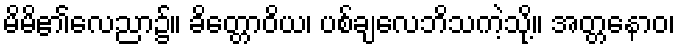
မိမိ၏လေညာ၌။ ခိတ္တောဝိယ၊ ပစ်ချလေဘိသကဲ့သို့။ အတ္တနောဝ၊